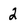
Character: 2